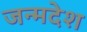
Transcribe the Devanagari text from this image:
जन्मदेश